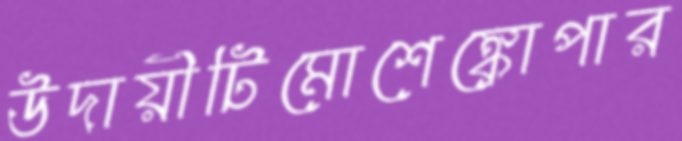
উদায়ীটিমোশেঙ্কোপার